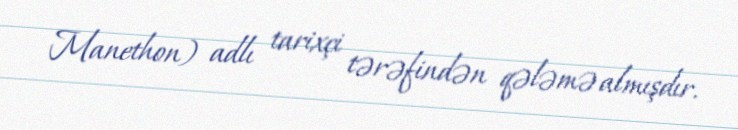
Manethon) adlı tarixçi tərəfindən qələmə almışdır.